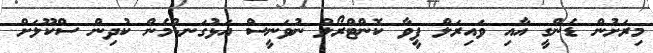
މިރަށުން ޑެންގީ އާއި ވައިރަލް ފީވާ ކޮންޓްރޯލް ނުވަނީސް އަޅުގަނޑުމެން ކުދިން ސްކޫލަށް